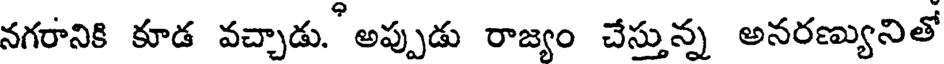
నగరానికి కూడ వచ్చాడు. అప్పుడు రాజ్యం చేస్తున్న అనరణ్యునితో